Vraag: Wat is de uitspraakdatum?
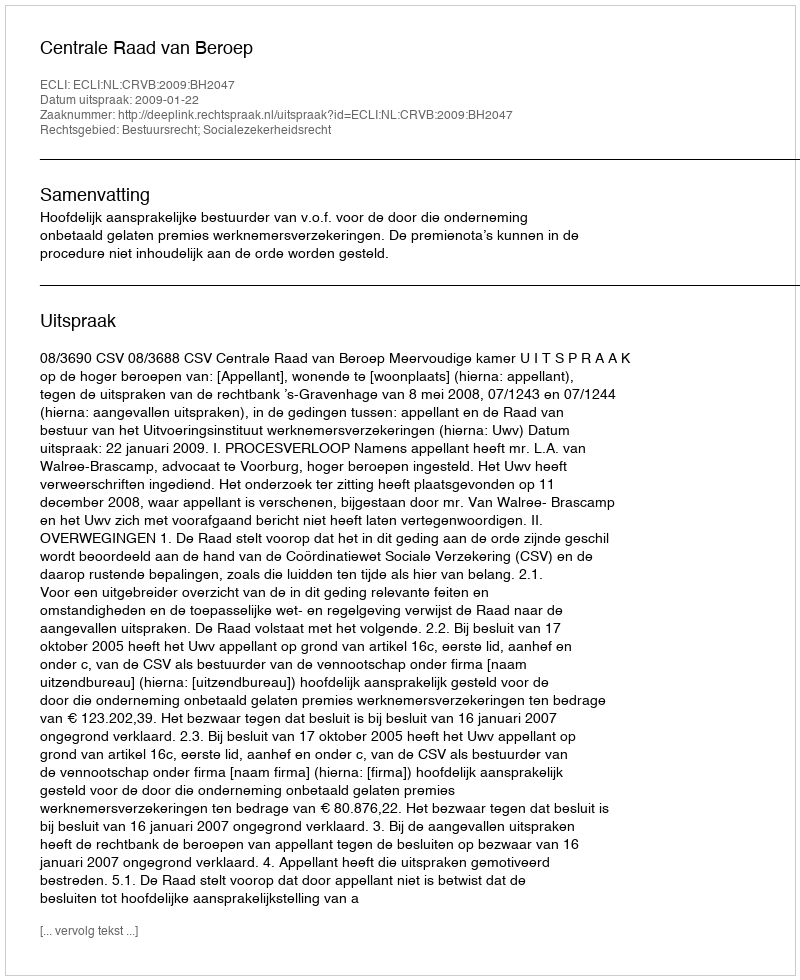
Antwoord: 2009-01-22